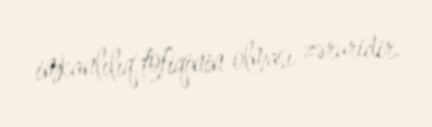
imkanlılıq tofiqinin olması zəruridir.